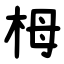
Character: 栂